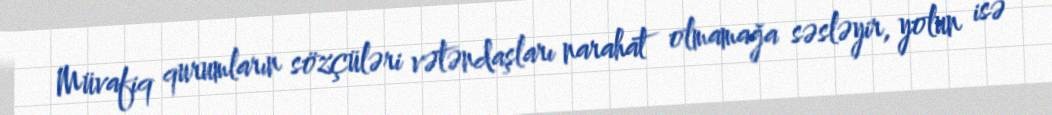
Müvafiq qurumların sözçüləri vətəndaşları narahat olmamağa səsləyir, yolun isə